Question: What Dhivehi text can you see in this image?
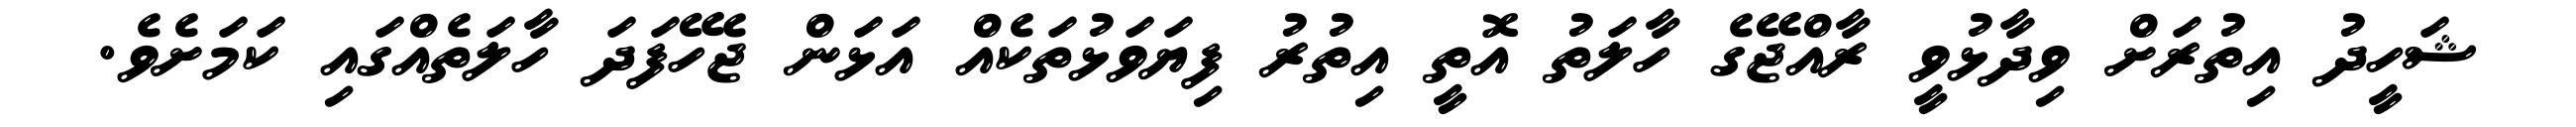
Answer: ޝަހީދު އިތުރަށް ވިދާޅުވީ ރާއްޖޭގެ ހާލަތު އޮތީ އިތުރު ފިޔަވަޅުތަކެއް އަޅަން ޖެހޭފަދަ ހާލަތެއްގައި ކަމަށެވެ.